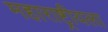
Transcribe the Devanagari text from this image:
महाराष्ट्रीयला